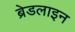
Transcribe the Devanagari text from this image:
ब्रेडलाइन